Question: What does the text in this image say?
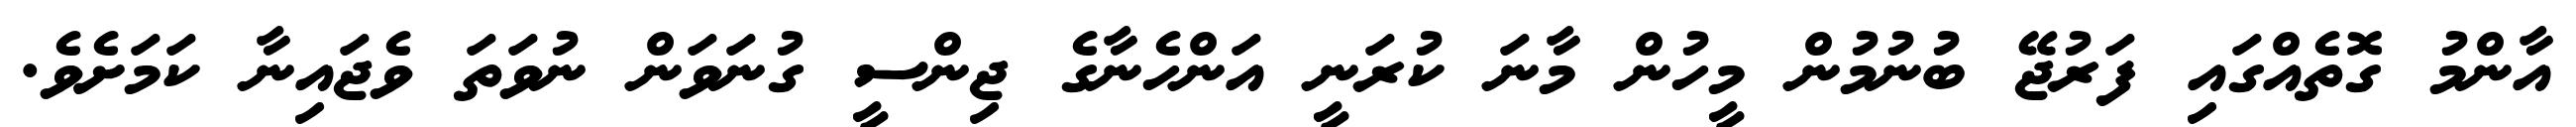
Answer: އާންމު ގޮތެއްގައި ފަރުޖޭ ބުނުމުން މީހުން މާނަ ކުރަނީ އަންހެނާގެ ޖިންސީ ގުނަވަން ނުވަތަ ވެޖައިނާ ކަމަށެވެ.